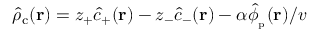
\hat { \rho } _ { \mathrm { c } } ( \mathbf { r } ) = z _ { + } \hat { c } _ { + } ( \mathbf { r } ) - z _ { - } \hat { c } _ { - } ( \mathbf { r } ) - \alpha \hat { \phi } _ { \mathrm { _ p } } ( \mathbf { r } ) / v